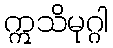
ဣသိမုဂ္ဂါ